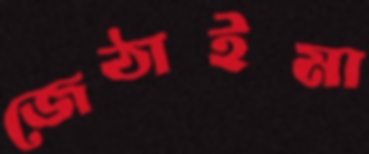
জেঠাইমা